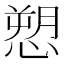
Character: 愬